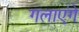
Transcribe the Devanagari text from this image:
गलाएंगे